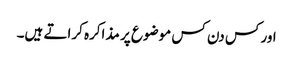
اور کس دن کس موضوع پر مذاکرہ کراتے ہیں۔